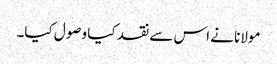
مولانا نے اس سے نقد کیا وصول کیا۔